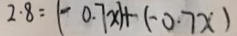
2 . 8 = ( - 0 . 7 x ) + ( - 0 . 7 x )